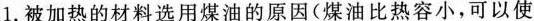
1.被加热的材料选用煤油的原因(煤油比热容小，可以使